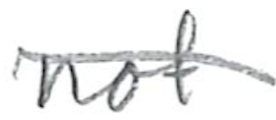
Text: not
Cross-out: mix
Writing tool: pencil